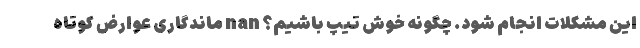
این مشکلات انجام شود. چگونه خوش تیپ باشیم؟ nan ماندگاری عوارض کوتاه